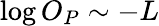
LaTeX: \log O_{P}\sim-L